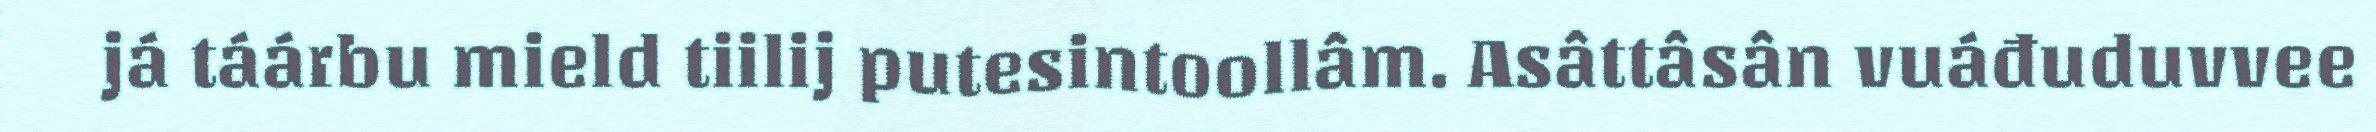
já táárbu mield tiilij putesintoollâm. Asâttâsân vuáđuduvvee